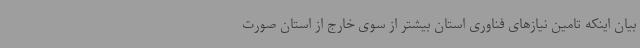
بیان اینکه تامین نیازهای فناوری استان بیشتر از سوی خارج از استان صورت